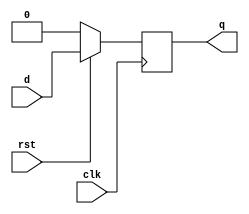
module dffb(q,d,clk,rst);

	input d,clk,rst;
	output reg q;

	always@(posedge clk)
		if(!rst)
			q <= 1'b0;
		else
			q <= d;

endmodule